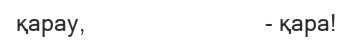
қарау,                              - қара!